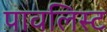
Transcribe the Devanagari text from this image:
पावलिस्ट